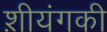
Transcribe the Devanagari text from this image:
श़ीयंगकी